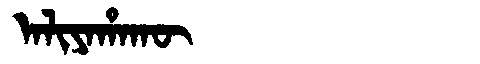
Manchu: ᠠᠯᡳᠶᠠᡥᠠᡴᡡ
Romanization: ALIYAHAKŪ